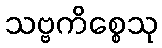
သဗ္ဗကိစ္စေသု